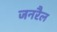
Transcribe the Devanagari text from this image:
जनरैल